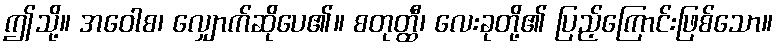
ဤသို့။ အဝေါစ၊ လျှောက်ဆိုပေ၏။ စတုတ္ထီ၊ လေးခုတို့၏ ပြည့်ကြောင်းဖြစ်သော။